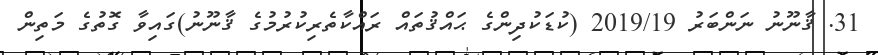
31. ޤާނޫނު ނަންބަރު 2019/19 (ކުޑަކުދިންގެ ޙައްޤުތައް ރައްކާތެރިކުރުމުގެ ޤާނޫނު)ގައިވާ ގޮތުގެ މަތިން